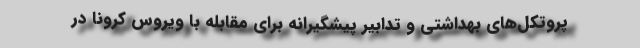
پروتکل‌های بهداشتی و تدابیر پیشگیرانه برای مقابله با ویروس کرونا در